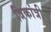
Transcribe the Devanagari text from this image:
त्रिकांत्री